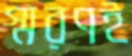
স্মরণই